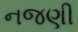
નજણી